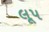
લૂપ